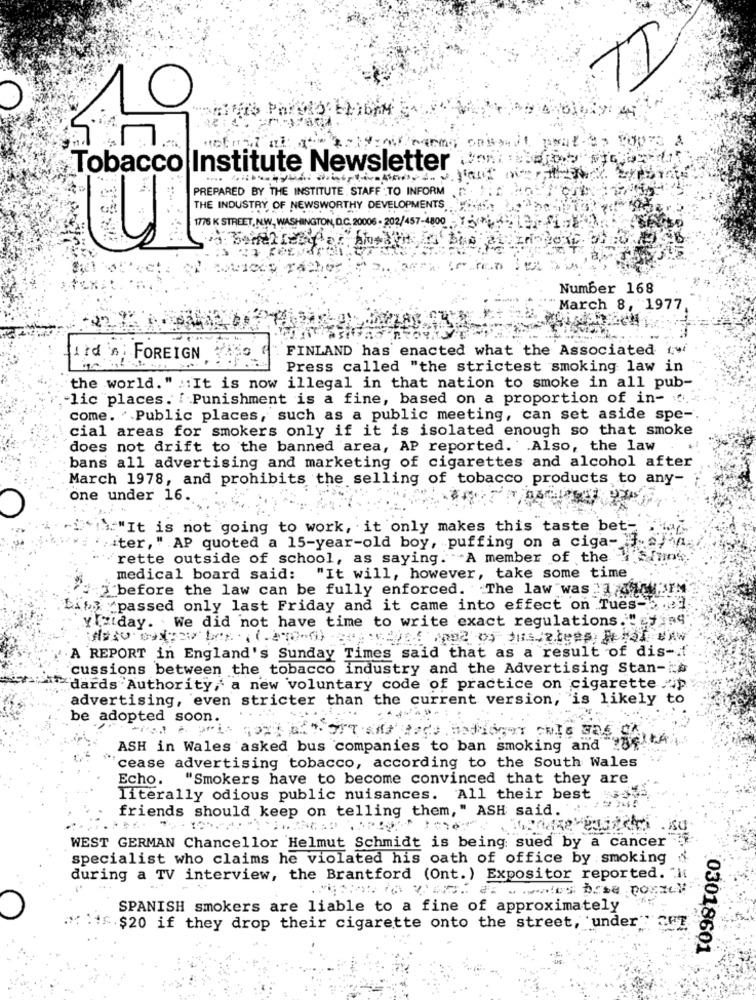
Tobacco Institute Newsletter
PREPARED BY THE INSTITUTE , STAFF . TO INFORM
THE INDUSTRY OF NEWSWORTHY DEVELOPMENTS
1776 K STREET, N.W. WASHINGTON, D.C. 20006 - 202/457-4800
Number 168
March 8, 1977
FINLAND has enacted what the Associated (
Itd n: FOREIGN
VISO
Press called "the strictest smoking law in
the world. " :: It is now illegal in that nation to smoke in all pub-
lic places. [ Punishment is a fine, based on a proportion of in-
come. "Public places, such as a public meeting, can set aside spe -.
cial areas for smokers only if it is isolated enough so that smoke
does not drift to the banned area, AP reported. Also, the law
bans all advertising and marketing of cigarettes and alcohol after
March 1978, and prohibits the selling of tobacco products to any-
one under 16.
."It is not going to work, it only makes this taste bet-
:ter, " AP quoted a 15-year-old boy, puffing on a ciga- 3 ..
rette outside of school, as saying. A member of the
medical board said: "It will, however, take some time
before the law can be fully enforced. The law was "" JIM
Lip :passed only last Friday and it came into effect on Tues- ...
Yalday. We did not have time to write exact regulations. " Ezing
A REPORT in England's Sunday Times said that as a result of dis-
`cussions between the tobacco industry and the Advertising Stan-is
"dards Authority, a new voluntary code of practice on cigarette .- p
advertising, even stricter than the current version, is likely to
be adopted soon.
..
ASH in Wales asked bus companies to ban smoking and 234
"cease advertising tobacco, according to the South Wales
"Smokers have to become convinced that they are
Echo.
literally odious public nuisances. All their best
friends should keep on telling them," ASH said.
SU
WEST GERMAN Chancellor Helmut Schmidt is being: sued by a cancer
specialist who claims he violated his oath of office by smoking
during a TV interview, the Brantford (Ont. ) Expositor reported.
" wwws base porz
SPANISH smokers are liable to a fine of approximately
IF $20 if they drop their cigarette onto the street, 'under"
03018601